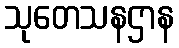
သုတေသနဌာန